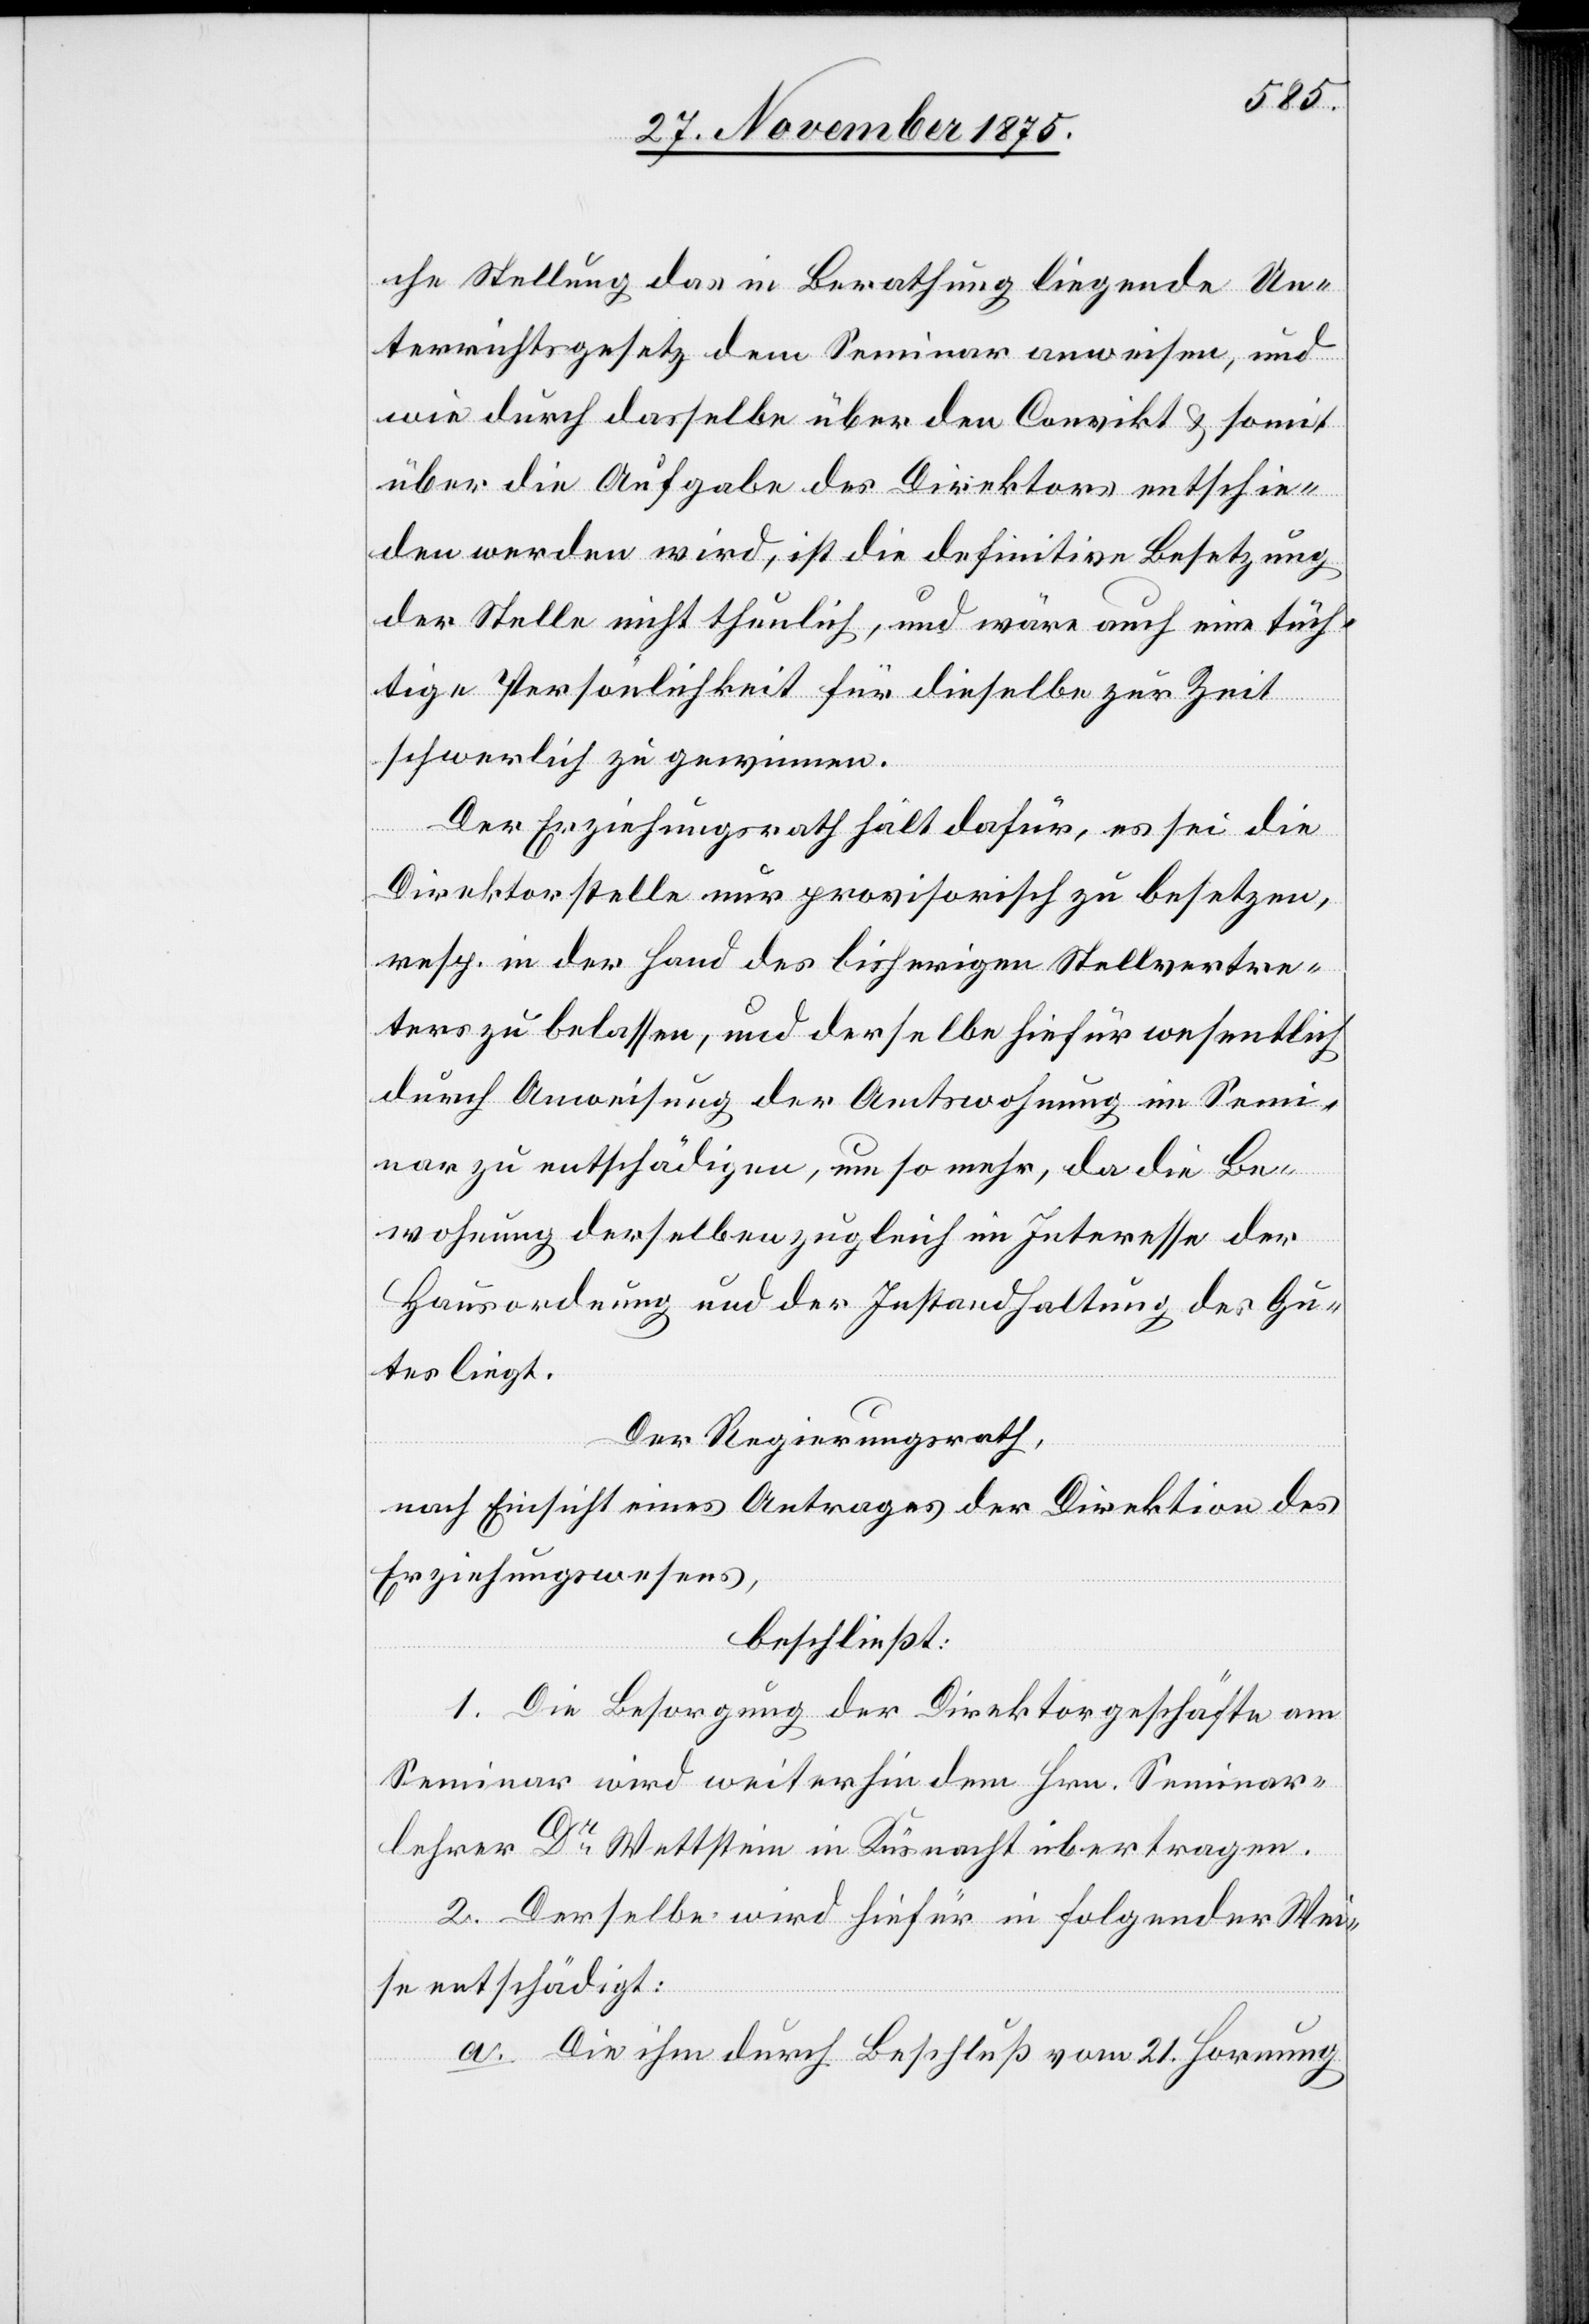
che Stellung das in Berathung liegende Un¬
terrichtsgesetz dem Seminar anweisen, und
wie durch dasselbe über den Convikt & somit
über die Aufgabe des Direktors entschie¬
den werden wird, ist die definitive Besetzung
der Stelle nicht thunlich, und wäre auch eine tüch¬
tige Persönlichkeit für dieselbe zur Zeit
schwerlich zu gewinnen.
Der Erziehungsrath hält dafür, es sei die
Direktorstelle nur provisorisch zu besetzen,
resp. in der Hand des bisherigen Stellvertre¬
ters zu belassen, und derselbe hiefür wesentlich
durch Anweisung der Amtswohnung im Semi¬
nar zu entschädigen, um so mehr, da die Be¬
wohnung derselben zugleich im Interesse der
Hausordnung und der Instandhaltung des Gu¬
tes liegt.
Der Regierungsrath,
nach Einsicht eines Antrages der Direktion des
Erziehungswesens,
beschließt:
1. Die Besorgung der Direktorgeschäfte am
Seminar wird weiterhin dem Hrn. Seminar¬
lehrer Dr Wettstein in Küsnacht übertragen.
2. Derselbe wird hiefür in folgender Wei¬
se entschädigt.
a. Die ihm durch Beschluß vom 21. Hornung